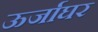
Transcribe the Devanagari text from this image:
ऊर्जाघर